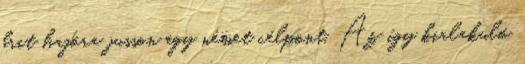
brit hajóra jusson egy német célpont. Az így kialakuló